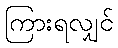
ကြားရလျှင်